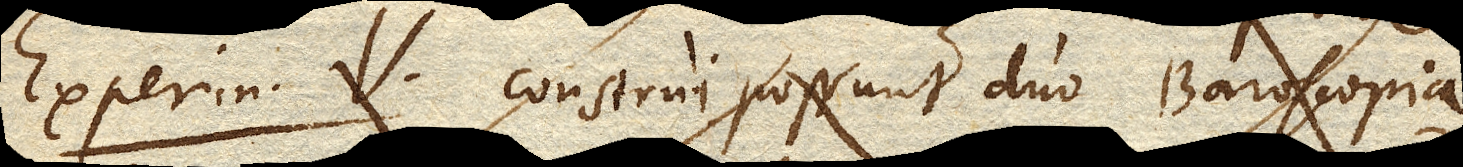
Experim. V. Construi possunt duo Baroscopia